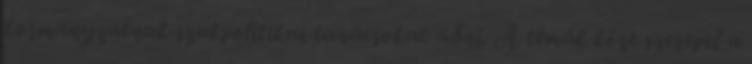
kormányzatnak szakpolitikai tanácsokat adni. A témák közt szerepel a